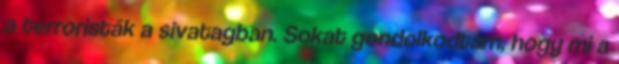
a terroristák a sivatagban. Sokat gondolkodtam, hogy mi a